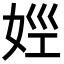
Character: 𡜣